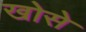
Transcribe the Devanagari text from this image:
खोसे